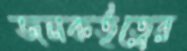
জনকর্তৃত্বের